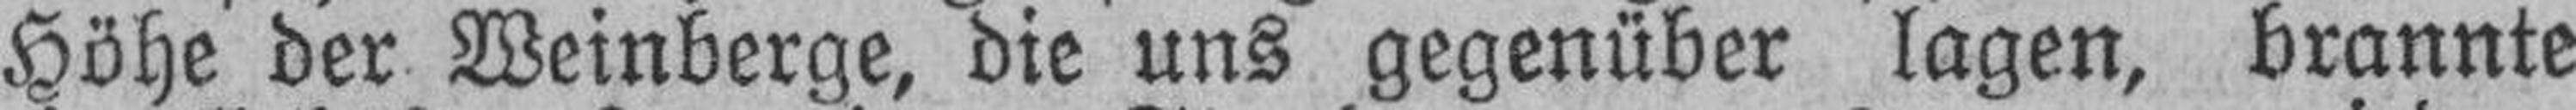
Höhe der Weinberge, die uns gegenüber lagen, brannte